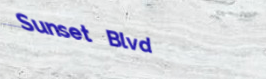
Sunset Blvd